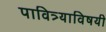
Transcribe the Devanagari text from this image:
पावित्र्याविषयी